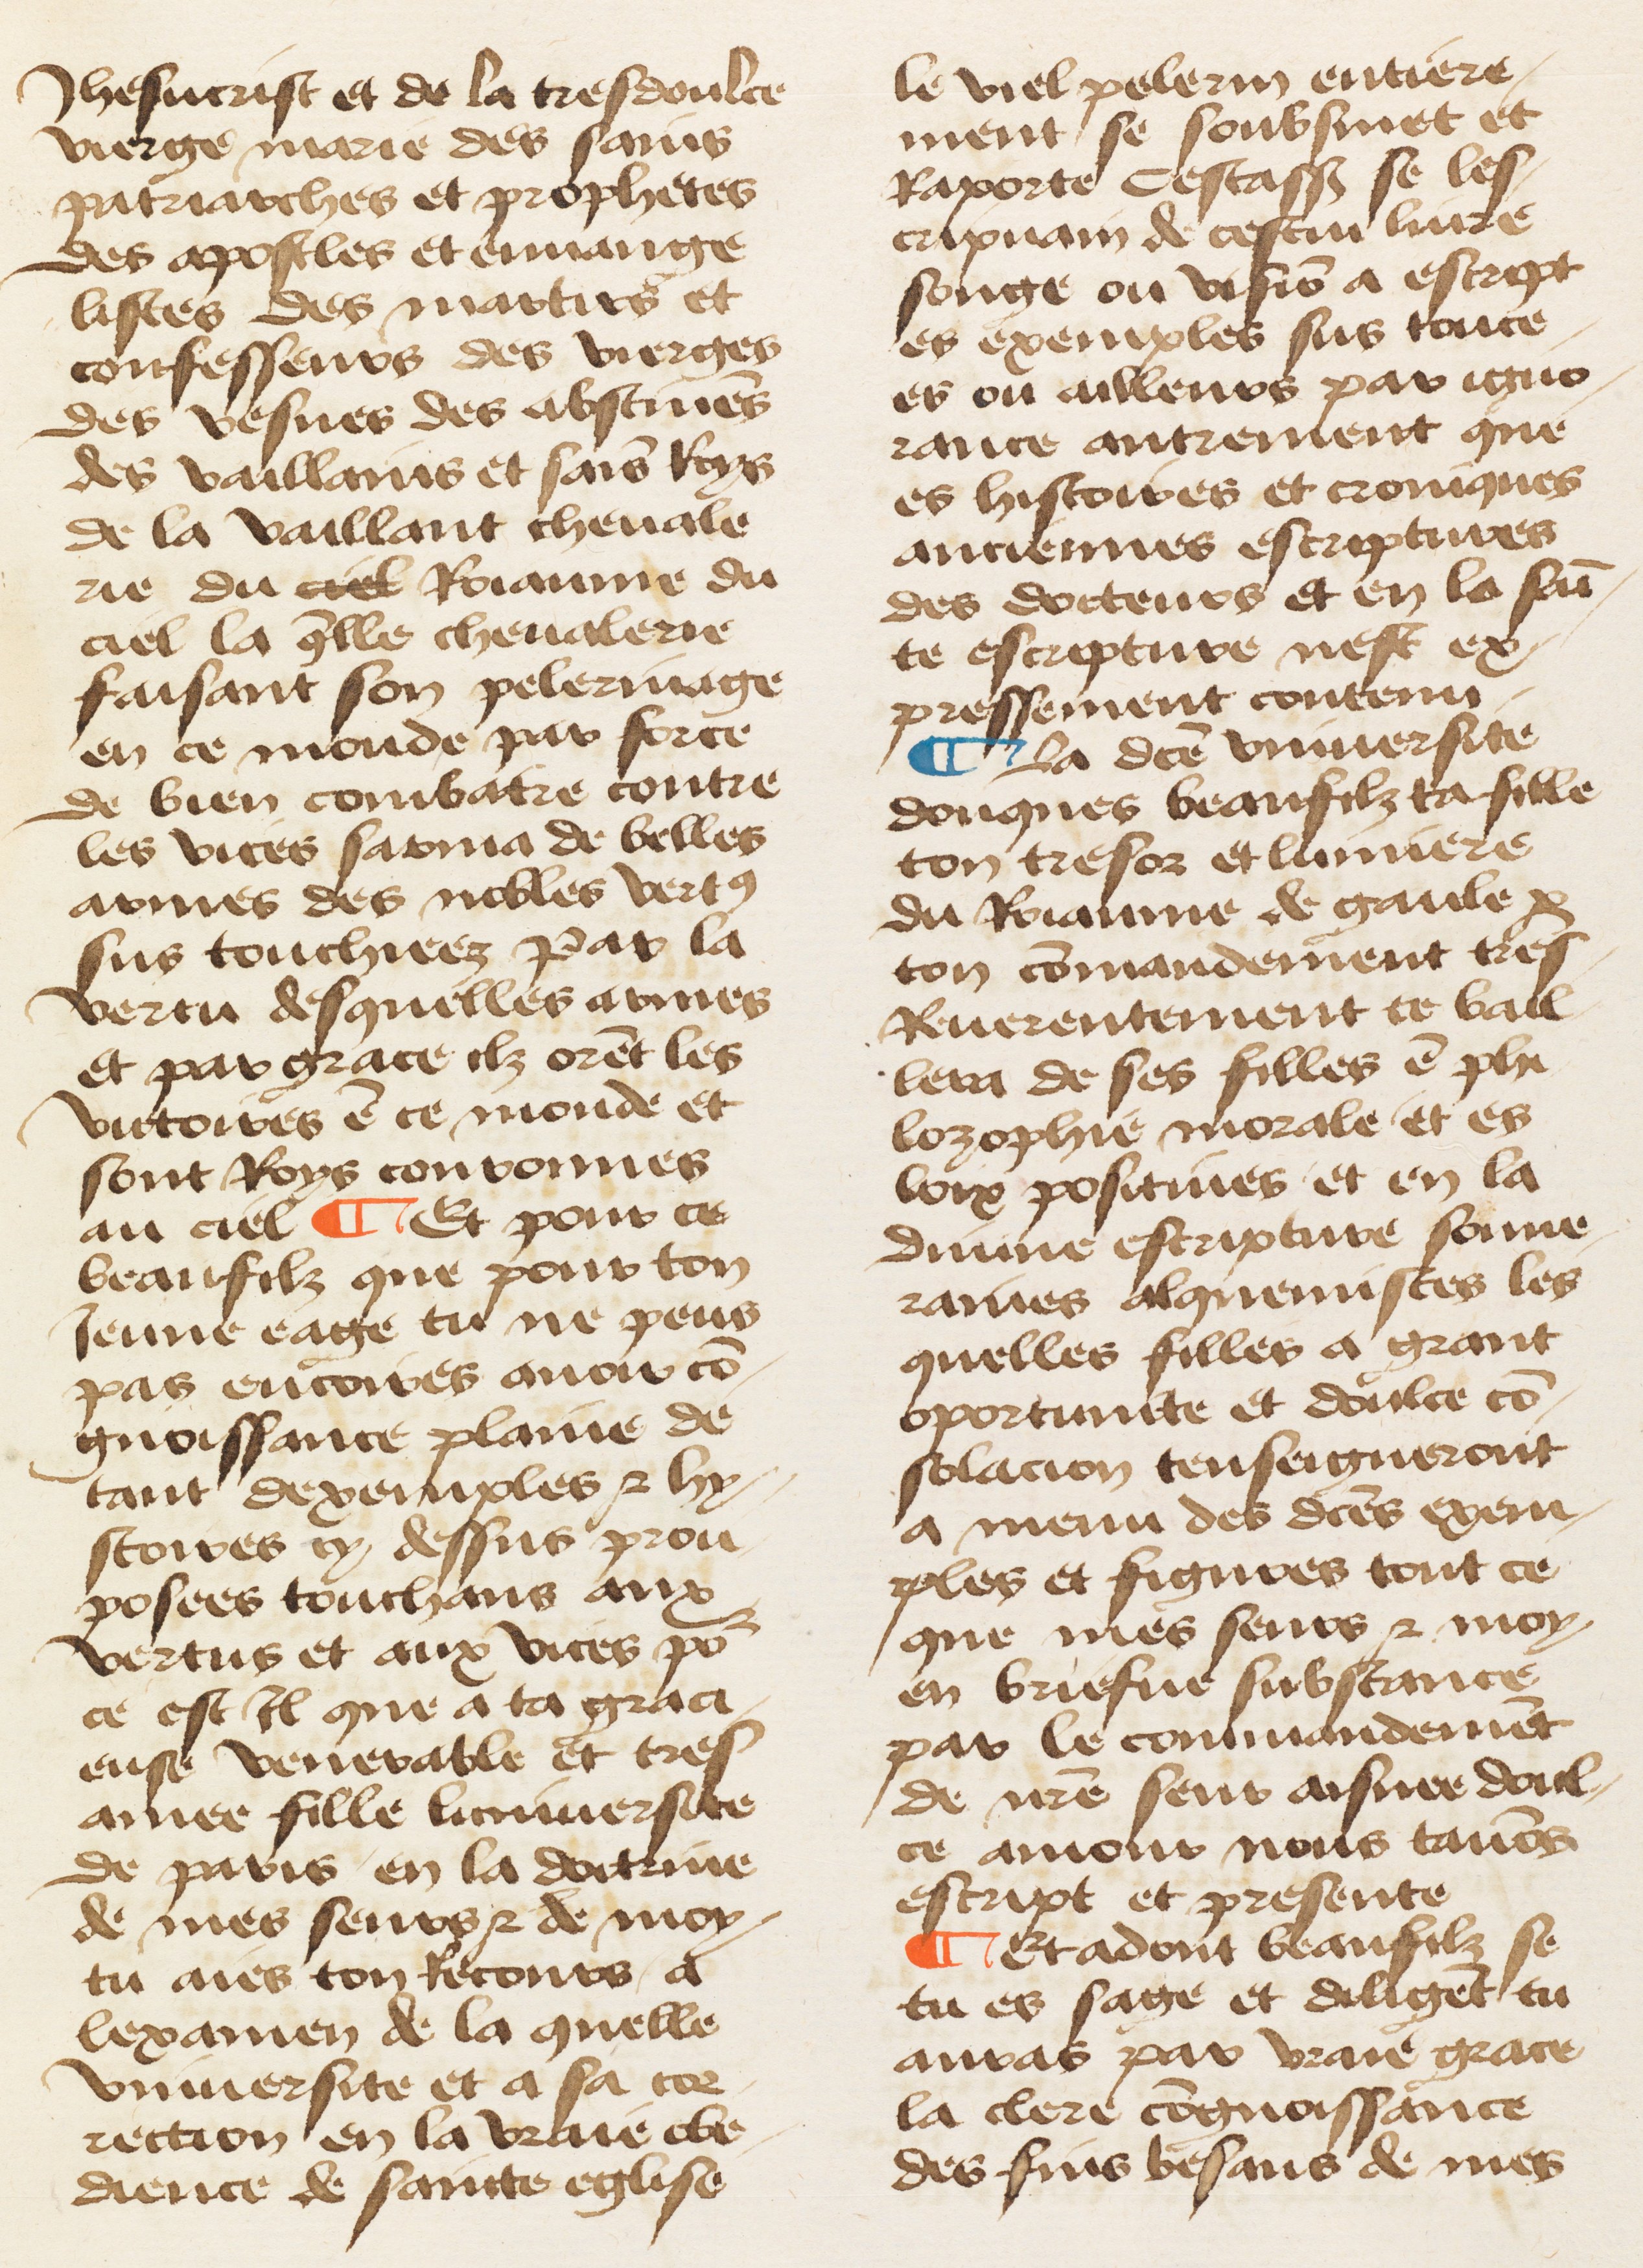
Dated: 1460–1470